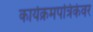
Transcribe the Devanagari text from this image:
कार्यक्रमपत्रिकेवर